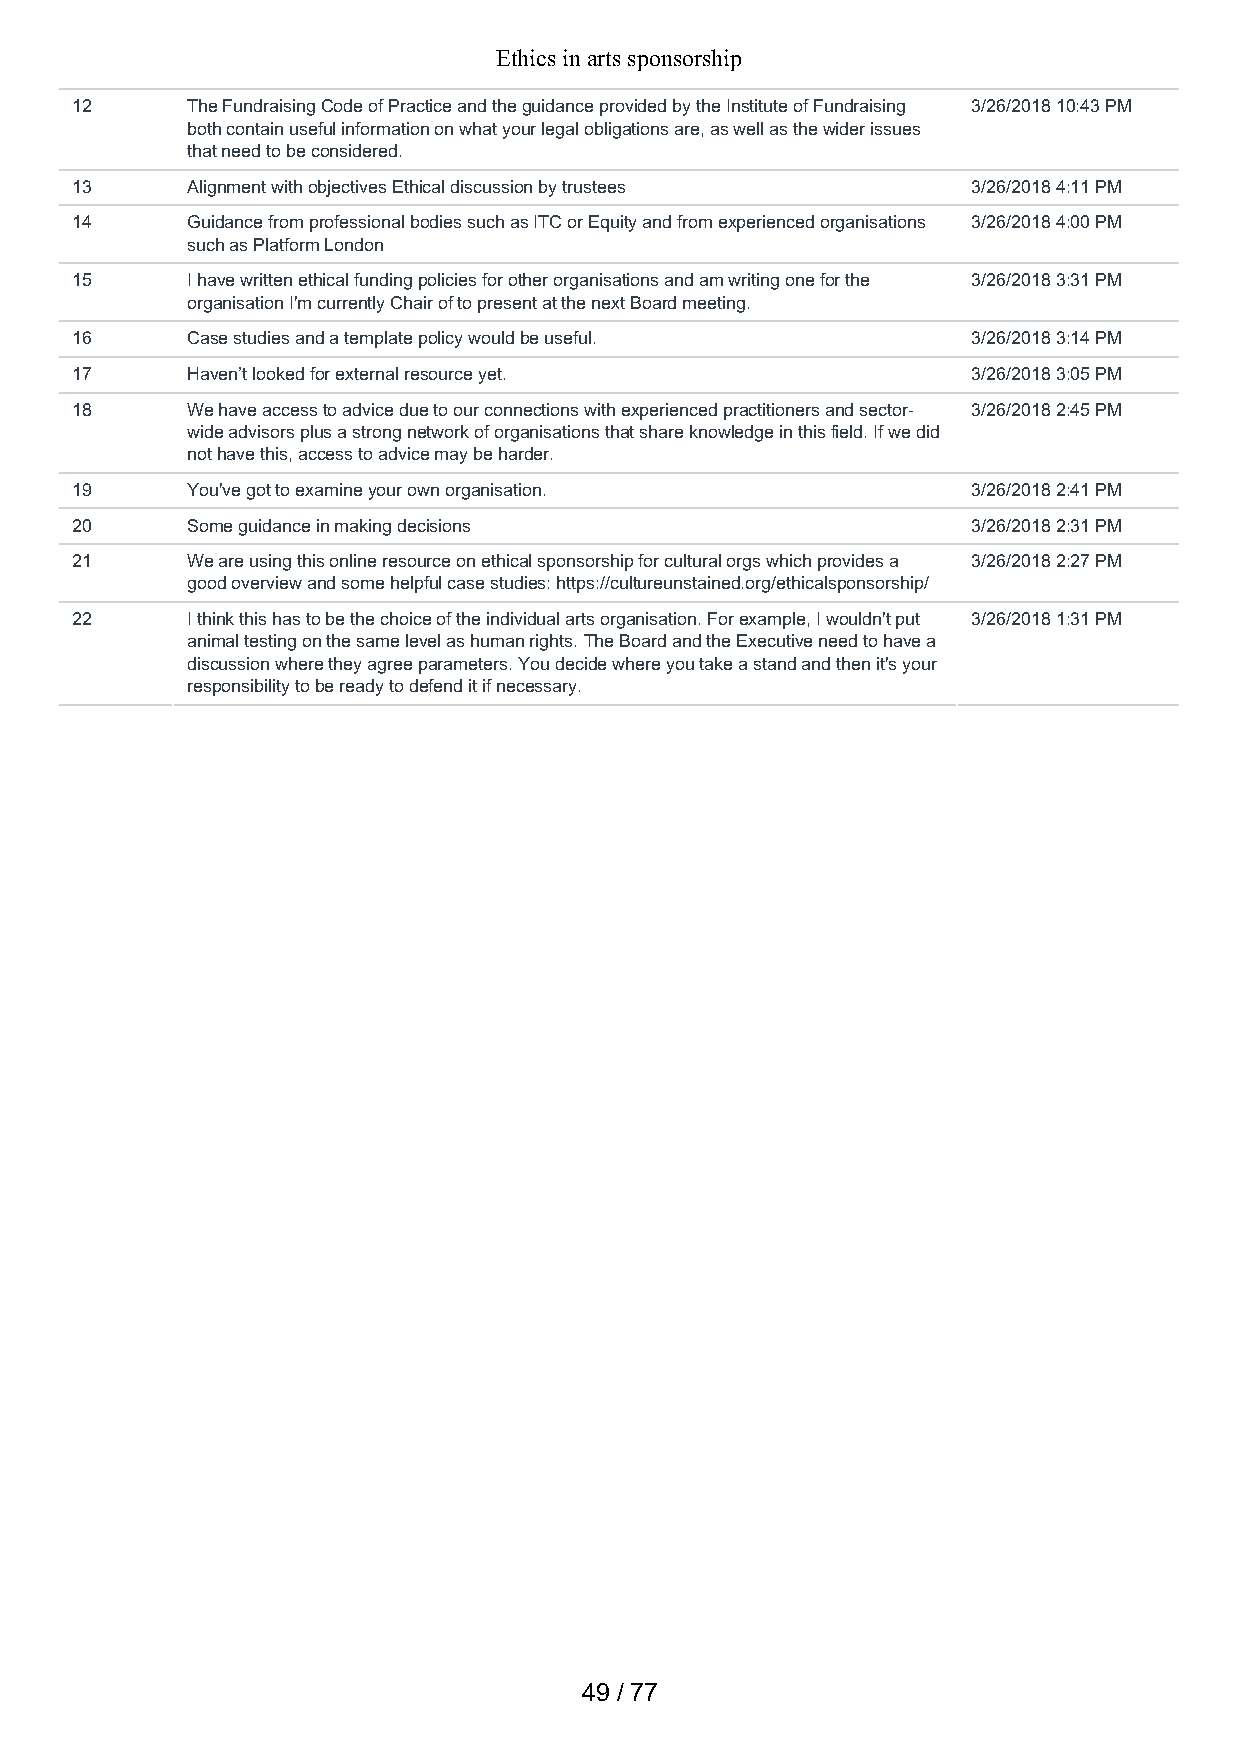
Ethics in arts sponsorship
 12     The Fundraising Code of Practice and the guidance provided by the Institute of Fundraising 3/26/2018 10:43 PM
 both contain useful information on what your legal obligations are, as well as the wider issues
 that need to be considered.
 13     Alignment with objectives Ethical discussion by trustees 3/26/2018 4:11 PM
 14     Guidance from professional bodies such as ITC or Equity and from experienced organisations 3/26/2018 4:00 PM
 such as Platform London
 15     I have written ethical funding policies for other organisations and am writing one for the 3/26/2018 3:31 PM
 organisation I'm currently Chair of to present at the next Board meeting.
 16     Case studies and a template policy would be useful. 3/26/2018 3:14 PM
 17     Haven’t looked for external resource yet.           3/26/2018 3:05 PM
 18     We have access to advice due to our connections with experienced practitioners and sector- 3/26/2018 2:45 PM
 wide advisors plus a strong network of organisations that share knowledge in this field. If we did
 not have this, access to advice may be harder.
 19     You've got to examine your own organisation.        3/26/2018 2:41 PM
 20     Some guidance in making decisions                   3/26/2018 2:31 PM
 21     We are using this online resource on ethical sponsorship for cultural orgs which provides a 3/26/2018 2:27 PM
 good overview and some helpful case studies: https://cultureunstained.org/ethicalsponsorship/
 22     I think this has to be the choice of the individual arts organisation. For example, I wouldn't put 3/26/2018 1:31 PM
 animal testing on the same level as human rights. The Board and the Executive need to have a
 discussion where they agree parameters. You decide where you take a stand and then it's your
 responsibility to be ready to defend it if necessary.
 49 / 77